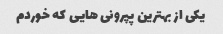
یکی از بهترین پپرونی هایی که خوردم